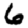
Digit: 6